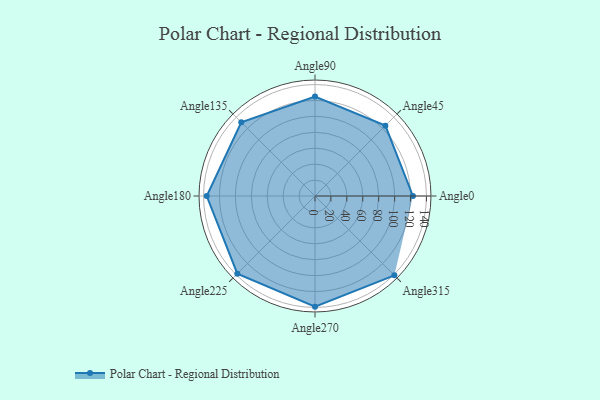
{"axis": {"x": "Angle", "y": "Radius"}, "legend": [""], "data": [{"x": "Angle0", "y": 123.0, "type": ""}, {"x": "Angle45", "y": 125.0, "type": ""}, {"x": "Angle90", "y": 125.0, "type": ""}, {"x": "Angle135", "y": 131.0, "type": ""}, {"x": "Angle180", "y": 136.0, "type": ""}, {"x": "Angle225", "y": 138.0, "type": ""}, {"x": "Angle270", "y": 139.0, "type": ""}, {"x": "Angle315", "y": 141.0, "type": ""}]}